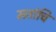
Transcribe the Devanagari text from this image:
मतांचि